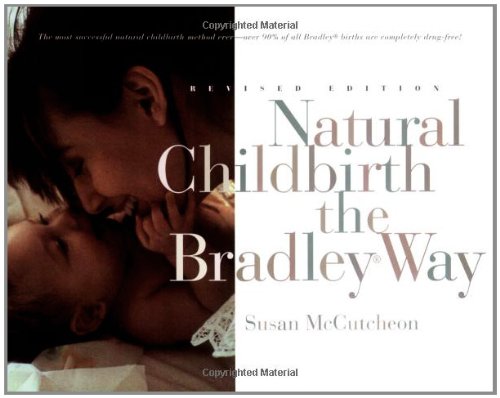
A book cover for Natural Childbirth the Bradley Way: Revised Edition; Susan McCutcheon; Parenting & Relationships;